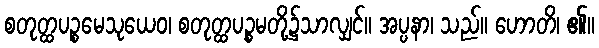
စတုတ္ထပဉ္စမေသုယေဝ၊ စတုတ္ထပဉ္စမတို့၌သာလျှင်။ အပ္ပနာ၊ သည်။ ဟောတိ၊ ၏။